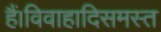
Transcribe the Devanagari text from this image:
हैं।विवाहादिसमस्त